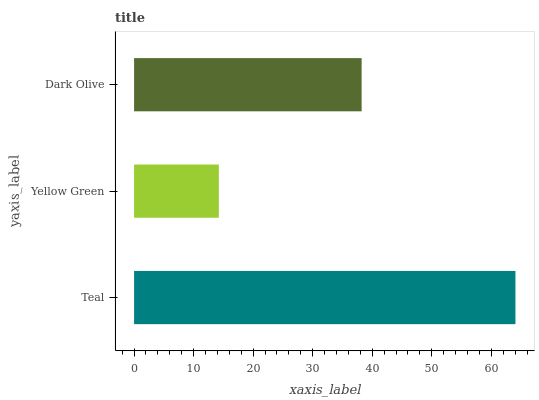
| yaxis_label | bars |
 | --- | --- |
 | Teal | 64 |
 | Yellow Green | 14.2 |
 | Dark Olive | 38.2 |